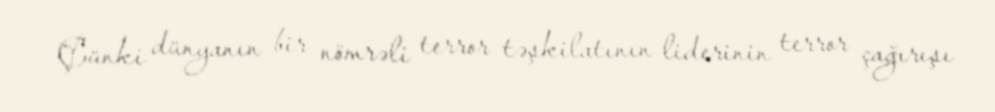
Çünki dünyanın bir nömrəli terror təşkilatının liderinin terror çağırışı